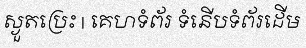
ស្ងួតប្រេះ | គេហទំព័រ ទំនើបទំព័រដើម